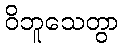
ဝိဘူသေတွာ